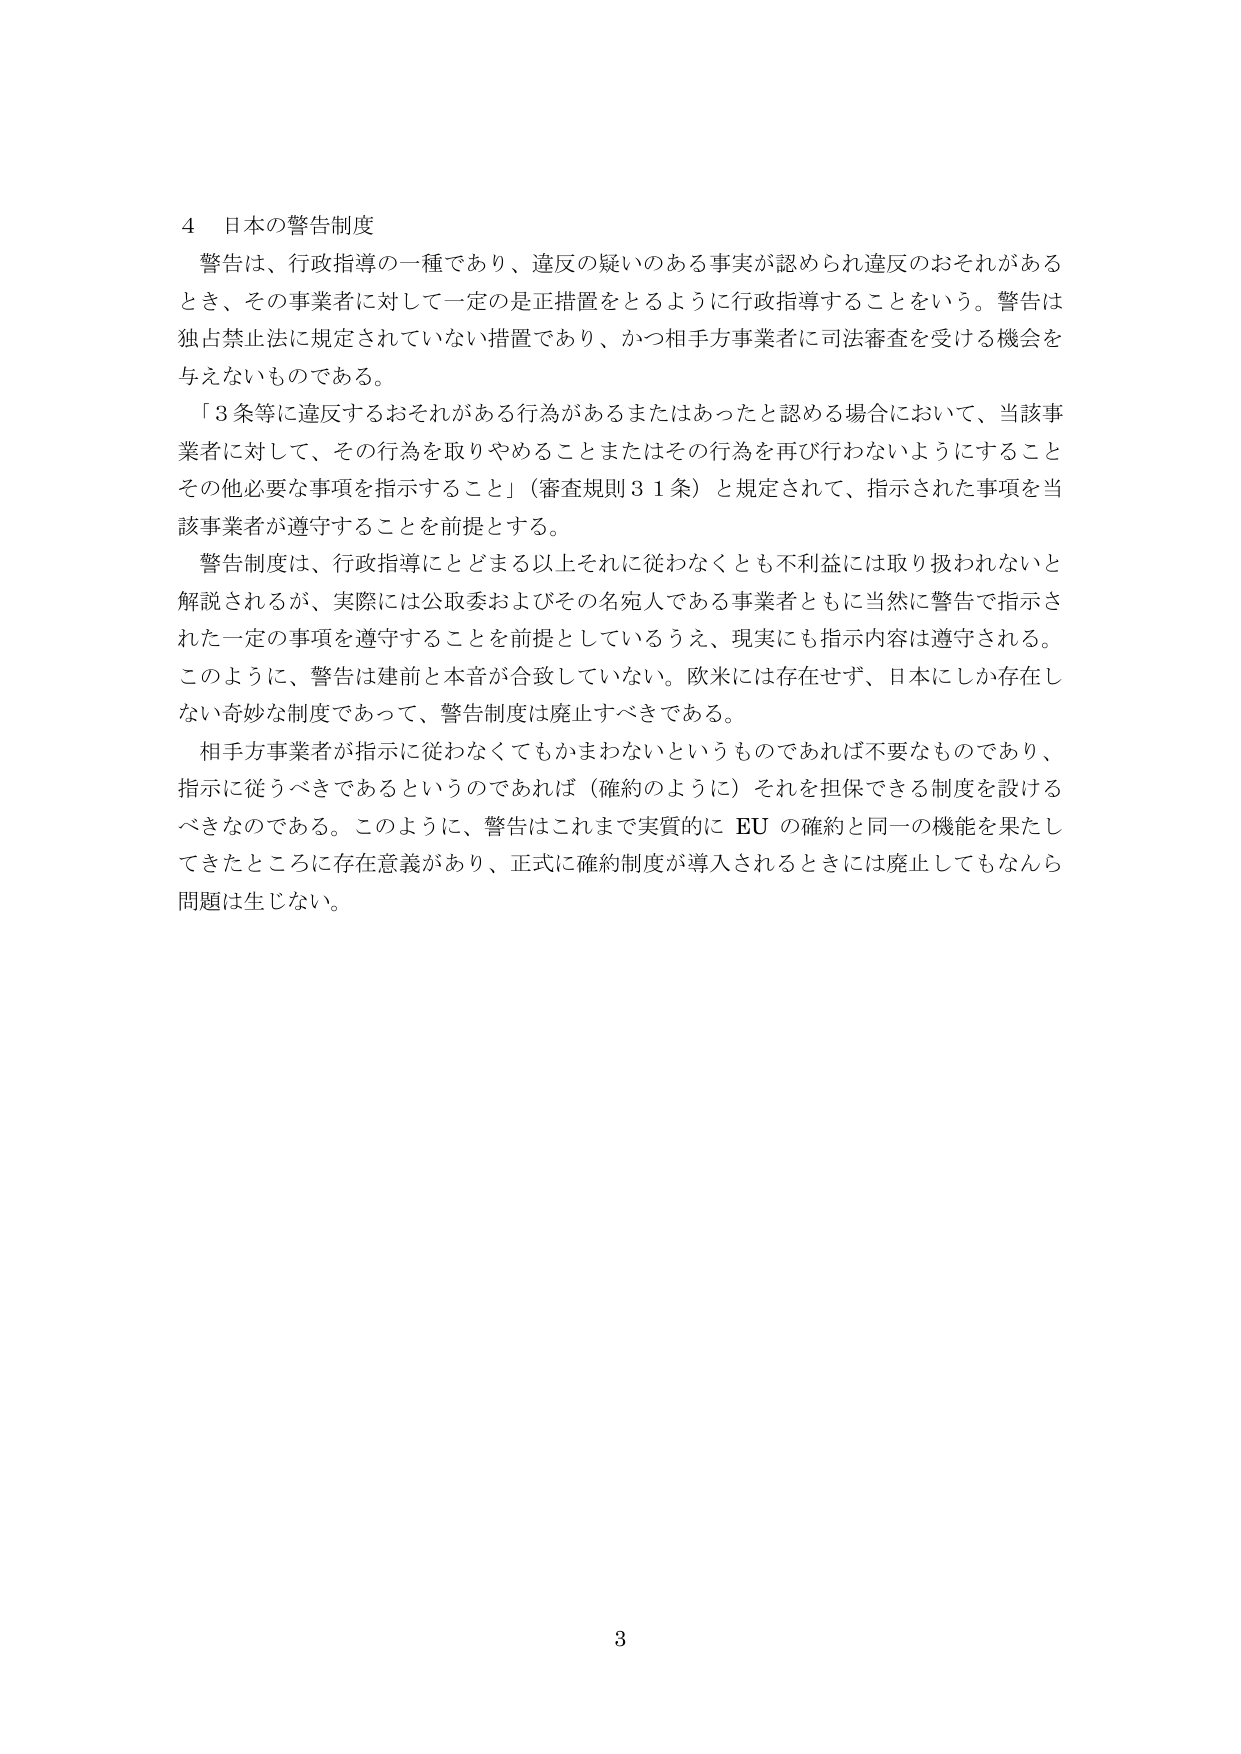
4 日本の警告制度
警告は、行政指導の一種であり、違反の疑いのある事実が認められ違反のおそれがあるとき、その事業者に対して一定の是正措置をとるように行政指導することをいう。警告は独占禁止法に規定されていない措置であり、かつ相手方事業者に司法審査を受ける機会を与えないものである。
「3条等に違反するおそれがある行為があるまたはあったと認める場合において、当該事業者に対して、その行為を取りやめることまたはその行為を再び行わないようにすることその他必要な事項を指示すること」（審査規則31条）と規定されて、指示された事項を当該事業者が遵守することを前提とする。
警告制度は、行政指導にとどまる以上それに従わなくとも不利益には取り扱われないと解説されるが、実際には公取委およびその名宛人である事業者ともに当然に警告で指示された一定の事項を遵守することを前提としているうえ、現実にも指示内容は遵守される。このように、警告は建前と本音が合致していない。欧米には存在せず、日本にしか存在しない奇妙な制度であって、警告制度は廃止すべきである。
相手方事業者が指示に従わなくてもかまわないというものであれば不要なものであり、指示に従うべきであるというのであれば（確約のように）それを担保できる制度を設けるべきなのである。このように、警告はこれまで実質的に EU の確約と同一の機能を果たしてきたところに存在意義があり、正式に確約制度が導入されるときには廃止してもなんら問題は生じない。
3